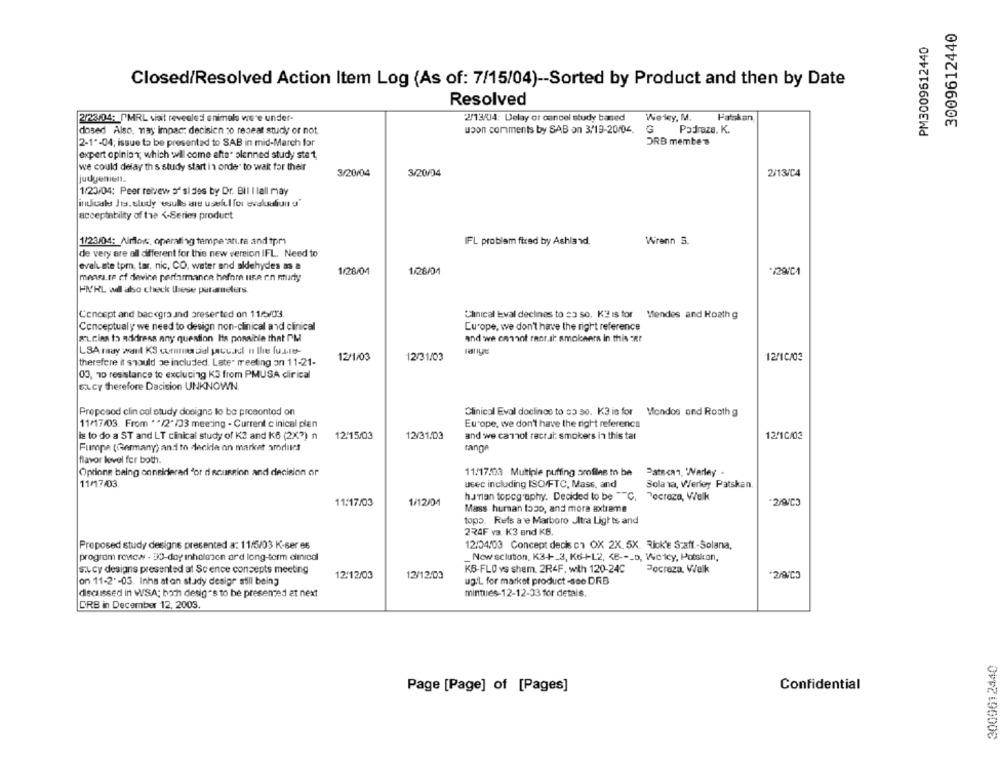
3009612440
PM3009612440
Closed/Resolved Action Item Log (As of: 7/15/04) -- Sorted by Product and then by Date
Resolved
2/23/04: PMRL visit revealed animals were under-
2/13/04: Delay of cancel study based
Weley, M.
Hatskan
upon comments by SAB on 3/19-20104.
Padraze. K.
dosed Also, may impac: decisien :o repeat study or not.
2-1"-04; issue to be presented to SAB in mid-March for
ORB membes
expert opinion; which wil come afta" olenned study ste t,
we could delay th s study start In order to wait for their
3/20/04
3/20/04
2/13/C4
judgemien.
1/23/04: Peer retvew s" si des by Dr. Bil I lall may
intoals Jis. sludy esults are usel. I for evalualiun d'
acceptability of the <- Series product
1/23/04: Airflow :, operating temperature and tpm1
IFL problem fixed by Ashland.
Wrenn 3.
de very are all different for this new version IFL. Need to
evaluate tpm, tar, nic, CO, water and aldehydes as a
1/28/04
1/28/01
mears.te cf device performance before utsa en mudy
HM'HL wil also check these parameters.
Concept and background preserted on 116/03
Clinical Eval declines to so so. K2 is for Mendes and Koath g
Conceptualy we need to design non-clinical and clinical
Europe, we don't have the right reference
sucias to address any question Is possible that PM
and we cannot ranr.al amolchers in this "Rf
LSA may want KS wormstial jacuad ut the fuste-
12/1/03
12/31/03
12/10/03
therefore it should be included. Late" meeting on 11-21-
00, 70 resistance to exclucing K3 from PMUSA dirical
ELCY therefore Dacision UNKNOWN.
Proposod clin col study dosigns to be preeontod on
Clinical Eval doclings to co 30. K3 in for Mondos and Rooth g
11/17/03. From ** /2"/33 meeting - Current c inical plen
Europe, we don't have the right reference
12/15/03
and we cannot racrat: smokers in this tar
is to do a ST and LT clinical study of K3 and K6 (2X3) n
12/31/03
12/10/03
Furpa (Germany) andto decide on market arodiket
range
flavor level for both.
Options being considered for discussion and decision or
11/17/03 Multiple putting profiles to be
Patscan, 'Warley .
11/17/03.
usec including ISO/FTC, Mass, and
Solana, Werley Patskan.
11:17/03
1/12/04
hanan topography. Decided to be ""C,
Poctaza, Velk
2/9/C3
Mass human logo, and more axtreme
topo. Refs a e Marboro JItra Lights and
224F va. K3 and KB.
Proposed study designe presented a: 11/5/03 K-ser es
12/04/03 Concept decis ch OX 2X. 5X. Rick'e Staff-Solana,
program rovew - 30-day inhalason ard long-term clinical
Now scluton, K3-+-3, K6+12, < 8 --_ b, Weicy, Potskan,
s.L. cy designs presented at Scence concepts meeting
KB-FLO vs shem. 2R4F. with 120-24C
Pocraza, Valk
12/12/03
12/12/03
2/91C3
on 11-2"-03. Inha aton study desigr still being
up:L for market product -see DRB
discussed in WSA; born desig"s to be presented at next
mintues-12-12-33 for detals.
DRB in December 12, 2003.
3009612440
Confidential
Page [Page] of [Pages]